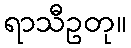
ရာသီဥတု။